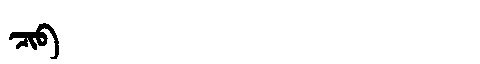
Manchu: ᠴᡳᠪ
Romanization: CIB